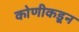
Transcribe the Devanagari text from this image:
कोणीकडून